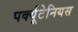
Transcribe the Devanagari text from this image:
पर्क्यूटेनियस